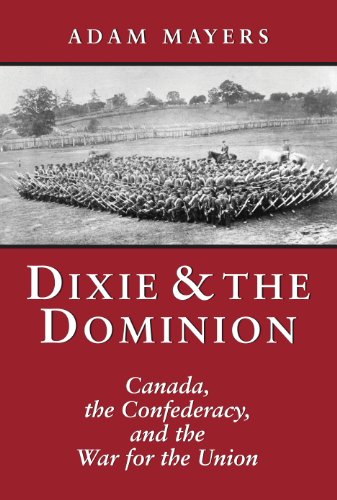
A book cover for Dixie & the Dominion: Canada, the Confederacy, and the War for the Union; Adam Mayers; History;